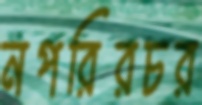
নপরিরচর